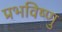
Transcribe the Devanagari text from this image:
प्रभविष्णु